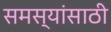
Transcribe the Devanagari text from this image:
समस्यांसाठी